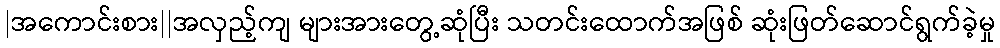
|အကောင်းစား||အလှည့်ကျ များအားတွေ့ဆုံပြီး သတင်းထောက်အဖြစ် ဆုံးဖြတ်ဆောင်ရွက်ခဲ့မှု